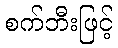
စက်ဘီးဖြင့်